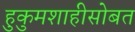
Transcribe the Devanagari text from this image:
हुकुमशाहीसोबत